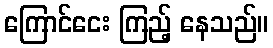
ကြောင်ငေး ကြည့် နေသည်။